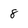
Character: 8